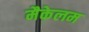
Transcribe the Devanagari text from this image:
मैकेलम